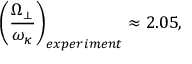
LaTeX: \left( { \frac { \Omega _ { \perp } } { \omega _ { \kappa } } } \right) _ { e x p e r i m e n t } \approx 2 . 0 5 ,